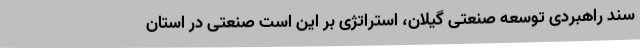
سند راهبردی توسعه صنعتی گیلان، استراتژی بر این است صنعتی در استان